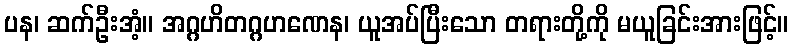
ပန၊ ဆက်ဦးအံ့။ အဂ္ဂဟိတဂ္ဂဟဏေန၊ ယူအပ်ပြီးသော တရားတို့ကို မယူခြင်းအားဖြင့်။